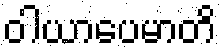
ဝါယာပေမာတိ